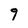
Character: 9